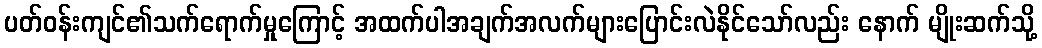
ပတ်ဝန်းကျင်၏သက်ရောက်မှုကြောင့် အထက်ပါအချက်အလက်များပြောင်းလဲနိုင်သော်လည်း နောက် မျိုးဆက်သို့